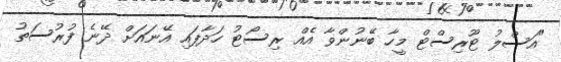
"އަސްލު ޓޫރިސްޓް މީހާ ބޭނުންވާ އެއް ރިސޯޓު ހަދާފައި އޭނައަށް ދޭނެ ފުރުސަތު